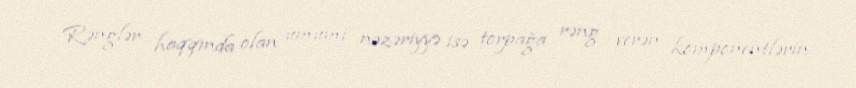
Rənglər haqqında olan ümumi nəzəriyyə isə torpağa rəng verən komponentlərin